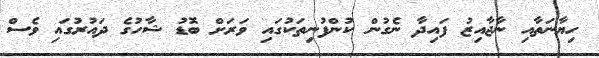
ހިޔާނަތާއި ނާޖާއިޒު ފައިދާ ނެގުން ކުންފުނިތަކުގައި ވަރަށް ބޮޑު ޝާހުގެ ދައުރުގައި ވެސް